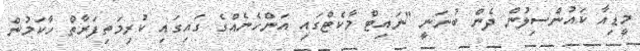
މީޑިއާ ކައުންސިލުން ދެން ބުނަނީ "ނައިޓް މާކެޓްގައި އަންހެނެއްގެ ގައިގައި ކުރިމަތިފަރާތް ހާކަމުން